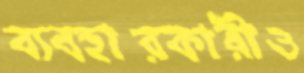
ব্যবহারকারীও